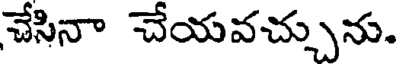
చేసినా చేయవచ్చును.